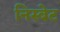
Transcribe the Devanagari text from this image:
निस्बेट